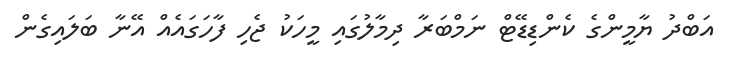
އަބްދު ޔާމީންގެ ކެންޑިޑޭޓް ނަމްބަރާ ދިމާލުގައި މީހަކު ޖެހި ފާހަގައެއް އޭނާ ބަލައިގެން